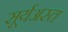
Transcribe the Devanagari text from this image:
सूर्यअस्त